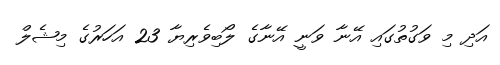
އަދި މި ވަގުތުގައި އޭނާ ވަނީ އޭނާގެ ލޯބިވެރިޔާ 23 އަހަރުގެ މިޝެލް